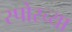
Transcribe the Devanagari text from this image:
स्पोरच्या